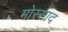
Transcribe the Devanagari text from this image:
मोस्साद